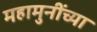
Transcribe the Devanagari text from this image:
महामुनींच्या